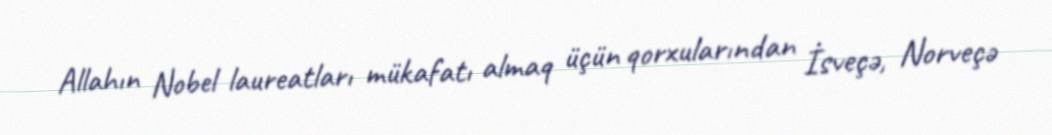
Allahın Nobel laureatları mükafatı almaq üçün qorxularından İsveçə, Norveçə